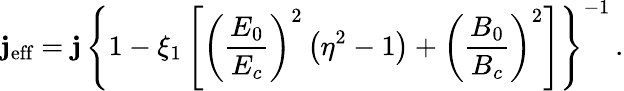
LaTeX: {\mathbf j}_{\textrm{eff}}={\mathbf j}\, \left\{ 1-\xi_{1}\left[\left(\frac{E_{0}}{E_{c}}\right)^{2}\left(\eta^{2}-1\right)+\left(\frac{B_{0}}{B_{c}}\right)^{2}\right]\right\} ^{-1}\, .